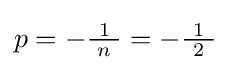
p=-{\tfrac {\ 1\ }{n}}=-{\tfrac {\ 1\ }{2}}